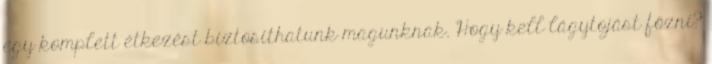
egy komplett étkezést biztosíthatunk magunknak. Hogy kell lágytojást főzni?